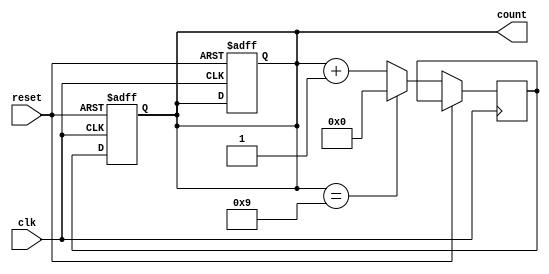
module BCD_Counter(
    input clk,
    input reset,
    output reg[3:0] count
);

reg[3:0] next_count;

always @(posedge clk or posedge reset) begin
    if(reset) begin
        count <= 4'b0000;
    end else begin
        if(count == 4'b1001) begin
            next_count <= 4'b0000;
        end else begin
            next_count <= count + 4'b0001;
        end
    end
end

always @(posedge clk or posedge reset) begin
    if(reset) begin
        count <= 4'b0000;
    end else begin
        count <= next_count;
    end
end

endmodule